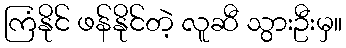
ကြံနိုင် ဖန်နိုင်တဲ့ လူဆီ သွားဦးမှ။